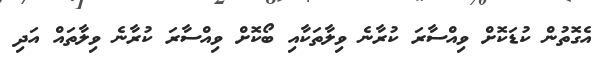
އެގޮތުން ކުޑަކޮށް ވިއްސާރަ ކުރާނެ ވިލާތަކާއި ބޯކޮށް ވިއްސާރަ ކުރާނެ ވިލާތައް އަދި